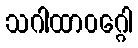
သဂါထာဝဂ္ဂေါ